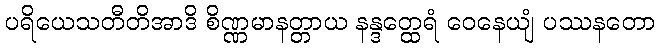
ပရိယေသတီတိအာဒိ စိဏ္ဏမာနတ္တာယ နန္ဒတ္ထေရံ ဝေနေယျံ ပဿနတော